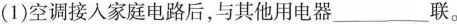
(1)空调接入家庭电路后，与其他用电器___联。